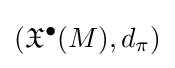
({\mathfrak {X}}^{\bullet }(M),d_{\pi })